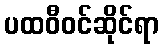
ပထဝီဝင်ဆိုင်ရာ